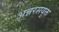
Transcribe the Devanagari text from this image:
अन्नरसयुक्त